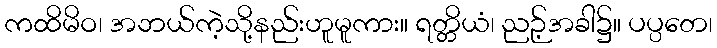
ကထိမိဝ၊ အဘယ်ကဲ့သို့နည်းဟူမူကား။ ရတ္တိယံ၊ ညဉ့်အခါ၌။ ပပ္ပတေ၊